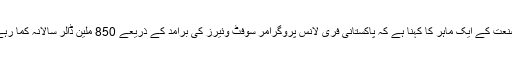
اس صنعت کے ایک ماہر کا کہنا ہے کہ پاکستانی فری لانس پروگرامر سوفٹ وئیرز کی برآمد کے ذریعے 850 ملین ڈالر سالانہ کما رہے ہیں۔